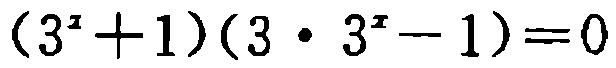
\((3^{x}+1)(3\cdot 3^{x}-1)=0\)